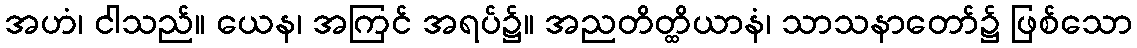
အဟံ၊ ငါသည်။ ယေန၊ အကြင် အရပ်၌။ အညတိတ္ထိယာနံ၊ သာသနာတော်၌ ဖြစ်သော